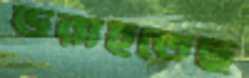
ডরাইতেছ